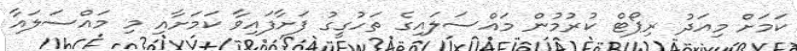
ކަމަށް މިއަދު ރިޕޯޓް ކުރުމުން މައްސަލައިގެ ތަހުގީގު ފަށާފައިވާ ކަމަށާއި މި މައްސަލައާ